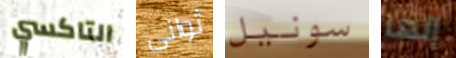
التاكسي ثوانى سونيل إنها